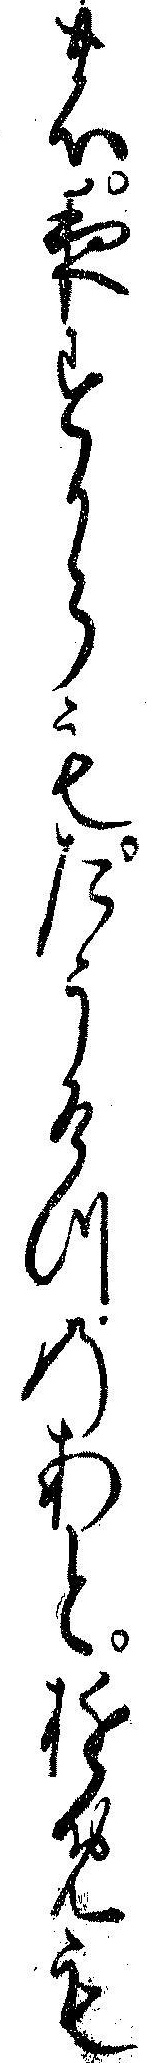
の夜すからもたうけつのあとゆめも